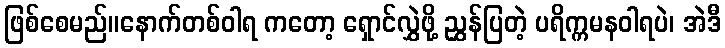
ဖြစ်စေမည်။နောက်တစ်ဝါရ ကတော့ ရှောင်လွှဲဖို့ ညွှန်ပြတဲ့ ပရိက္ကမနဝါရပဲ၊ အဲဒီ